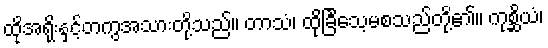
ထိုအရိုးနှင့်တကွအသားတို့သည်။ တာသံ၊ ထိုခြင်္သေ့မစသည်တို့၏။ ကုစ္ဆိယံ၊